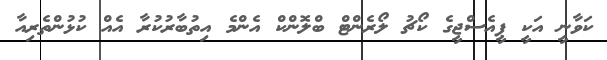
ކަވާނީ އަކީ ޕީއެސްޖީގެ ކޯޗު ލޯރެންޓް ބްލޮންކް އެންމެ އިތުބާރުކުރާ އެއް ކުޅުންތެރިއާ